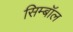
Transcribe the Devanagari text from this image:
सिम्बॉल